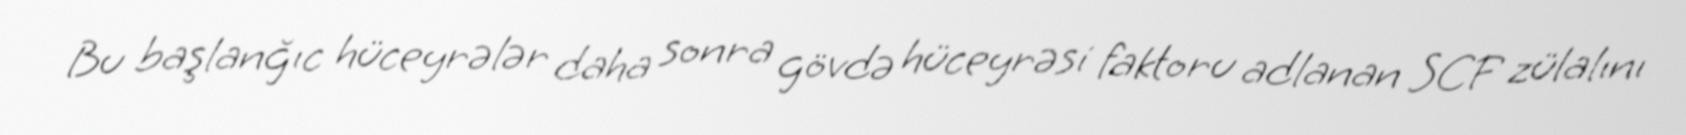
Bu başlanğıc hüceyrələr daha sonra gövdə hüceyrəsi faktoru adlanan SCF zülalını